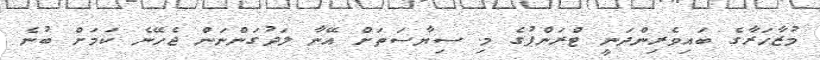
މުޒާހަރާގެ ބައިވެރިންދަނީ ޓްރަންޕުގެ މި ސިޔާސަތަަށް އޭނާ ލަދުގަންނަން ޖެހޭނެ ކަމަށް ބުނެ